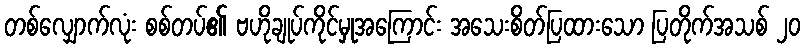
တစ်လျှောက်လုံး စစ်တပ်၏ ဗဟိုချုပ်ကိုင်မှုအကြောင်း အသေးစိတ်ပြထားသော ပြတိုက်အသစ် ၂၀